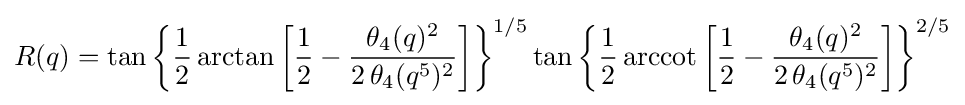
R(q)=\tan {\biggl \{}{\frac {1}{2}}\arctan {\biggl [}{\frac {1}{2}}-{\frac {\theta _{4}(q)^{2}}{2\,\theta _{4}(q^{5})^{2}}}{\biggr ]}{\biggr \}}^{1/5}\tan {\biggl \{}{\frac {1}{2}}\operatorname {arccot} {\biggl [}{\frac {1}{2}}-{\frac {\theta _{4}(q)^{2}}{2\,\theta _{4}(q^{5})^{2}}}{\biggr ]}{\biggr \}}^{2/5}